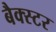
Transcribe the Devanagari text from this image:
बैक्स्टर